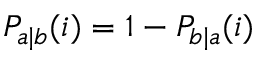
P _ { a | b } ( i ) = 1 - P _ { b | a } ( i )